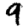
Digit: 9